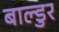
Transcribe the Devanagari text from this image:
बाल्डुर